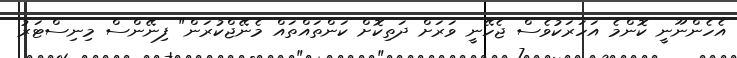
އެހެންނޫނީ ކޮންމެ އަހަރަކުވެސް ޖެހޭނީ ވަރަށް ދަތިކޮށް ކަންތައްތައް މެނޭޖްކުރަން" ފިނޭންސް މިނިސްޓަރު